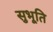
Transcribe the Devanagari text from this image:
सुभूति